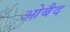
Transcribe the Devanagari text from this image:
ओबैद